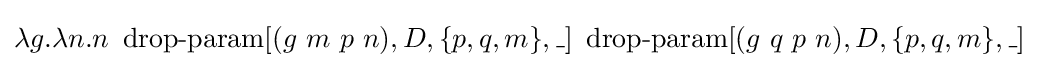
\lambda g.\lambda n.n\ \operatorname {drop-param} [(g\ m\ p\ n),D,\{p,q,m\},\_]\ \operatorname {drop-param} [(g\ q\ p\ n),D,\{p,q,m\},\_]